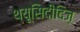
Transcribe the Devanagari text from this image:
थ्यूसिदीदिज़